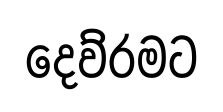
දෙව්රමට